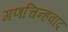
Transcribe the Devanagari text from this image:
गणचिन्हवाद